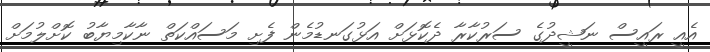
އެއީ ރައީސް ނަޝީދުގެ ސަރުކާރާ ދެކޮޅަށް އަޅުގަނޑުމެން ފެށި މަސައްކަތް ނާކާމިޔާބު ކޮށްލުމަށް